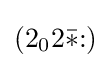
(2_{0}2{\bar {*}}{:})